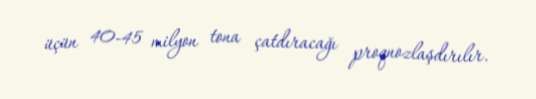
üçün 40-45 milyon tona çatdıracağı proqnozlaşdırılır.